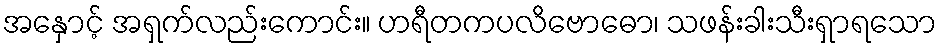
အနှောင့် အရှက်လည်းကောင်း။ ဟရီတကပလိဗောဓော၊ သဖန်းခါးသီးရှာရသော